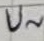
Text: U~